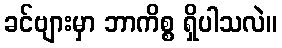
ခင်ဗျားမှာ ဘာကိစ္စ ရှိပါသလဲ။